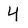
Character: 4